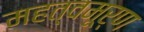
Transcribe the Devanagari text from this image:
महत्वमूर्ण